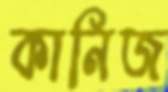
কানিজ